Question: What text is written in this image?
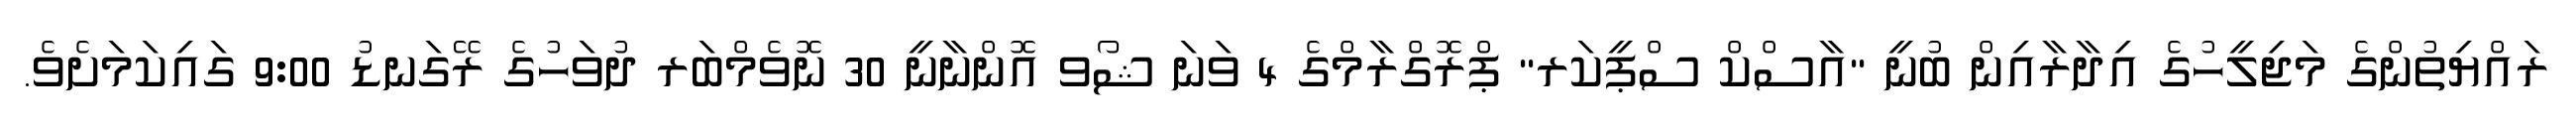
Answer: ރައްޔިތުންގެ މަޖިލީހުގެ އިދާރާއިން ބުނީ "އާސްކް ސްޕީކަރ" ޕްރޮގްރާމްގެ 4 ވަނަ ޝޯވ އޮންނާނީ 30 ނޮވެމްބަރ ދުވަހުގެ ރޭގަނޑު 9:00 ގައިކަމަށެވެ.